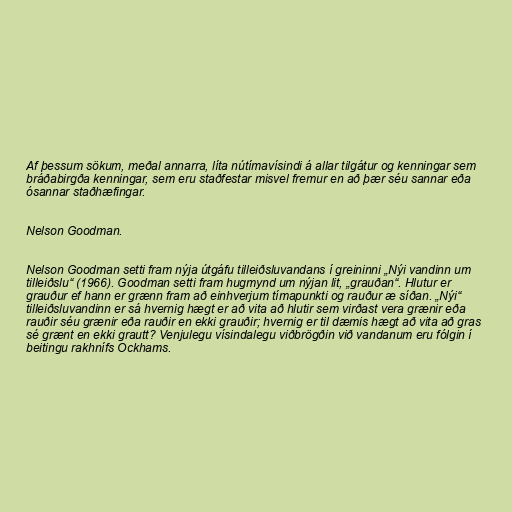
Af þessum sökum, meðal annarra, líta nútímavísindi á allar tilgátur og kenningar sem
bráðabirgða kenningar, sem eru staðfestar misvel fremur en að þær séu sannar eða
ósannar staðhæfingar.

Nelson Goodman.

Nelson Goodman setti fram nýja útgáfu tilleiðsluvandans í greininni „Nýi vandinn um
tilleiðslu“ (1966). Goodman setti fram hugmynd um nýjan lit, „grauðan“. Hlutur er
grauður ef hann er grænn fram að einhverjum tímapunkti og rauður æ síðan. „Nýi“
tilleiðsluvandinn er sá hvernig hægt er að vita að hlutir sem virðast vera grænir eða
rauðir séu grænir eða rauðir en ekki grauðir; hvernig er til dæmis hægt að vita að gras
sé grænt en ekki grautt? Venjulegu vísindalegu viðbrögðin við vandanum eru fólgin í
beitingu rakhnífs Ockhams.